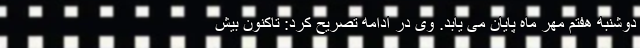
دوشنبه هفتم مهر ماه پایان می یابد. وی در ادامه تصریح کرد: تاکنون بیش